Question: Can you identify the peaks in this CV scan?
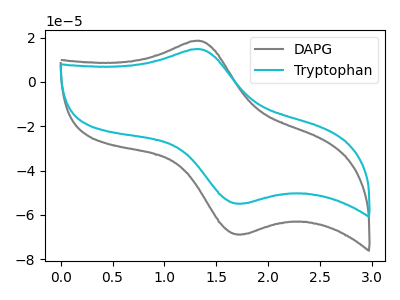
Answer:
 <answer>The gray curve "DAPG" has an anodic peak at (1.35V, 18.55uA) and a cathodic peak at (1.75V, -68.80uA). The cyan curve "Tryptophan" has an anodic peak at (1.35V, 14.80uA) and a cathodic peak at (1.75V, -54.90uA).</answer>
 <eval></eval>